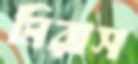
মিরাস